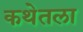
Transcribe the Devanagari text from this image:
कथेतला